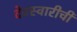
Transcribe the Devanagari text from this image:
देवस्वारीची